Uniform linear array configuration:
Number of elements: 4
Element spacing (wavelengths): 0.25
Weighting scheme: hann
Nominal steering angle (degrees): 45
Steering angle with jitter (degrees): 44.337
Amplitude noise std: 0.05
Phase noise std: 0.05

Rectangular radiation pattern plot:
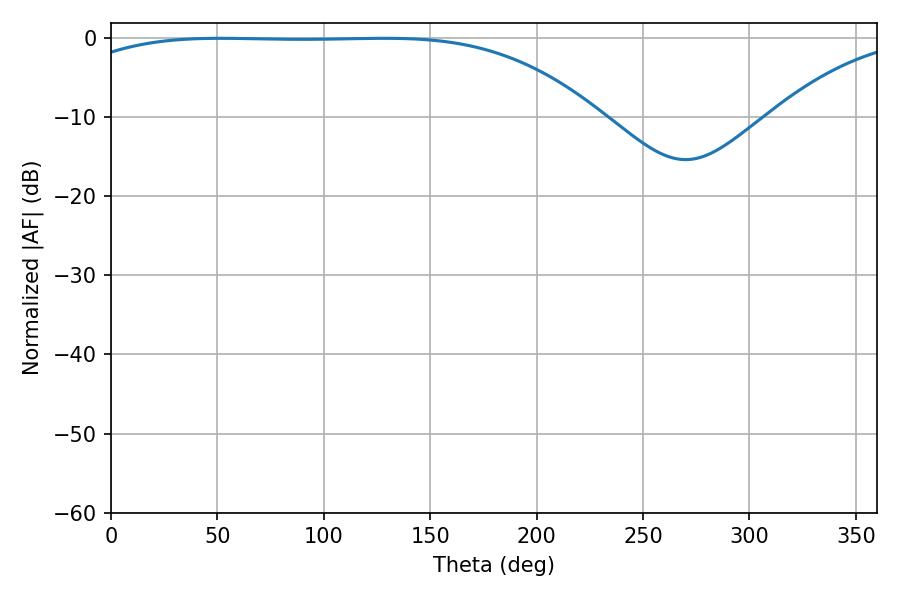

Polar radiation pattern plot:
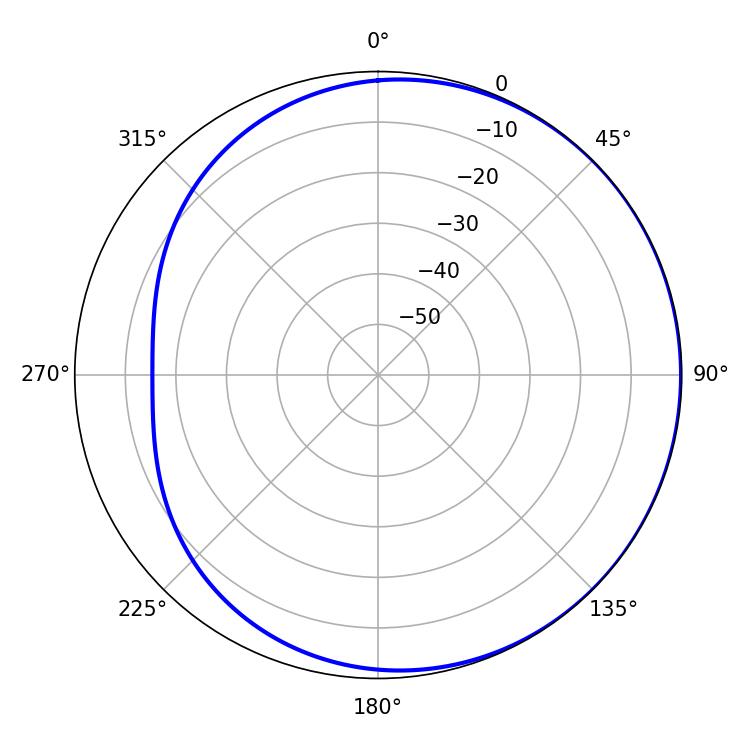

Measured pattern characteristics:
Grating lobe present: FALSE
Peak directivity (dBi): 0.7655
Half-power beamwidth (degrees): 192.6
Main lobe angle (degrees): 51.48